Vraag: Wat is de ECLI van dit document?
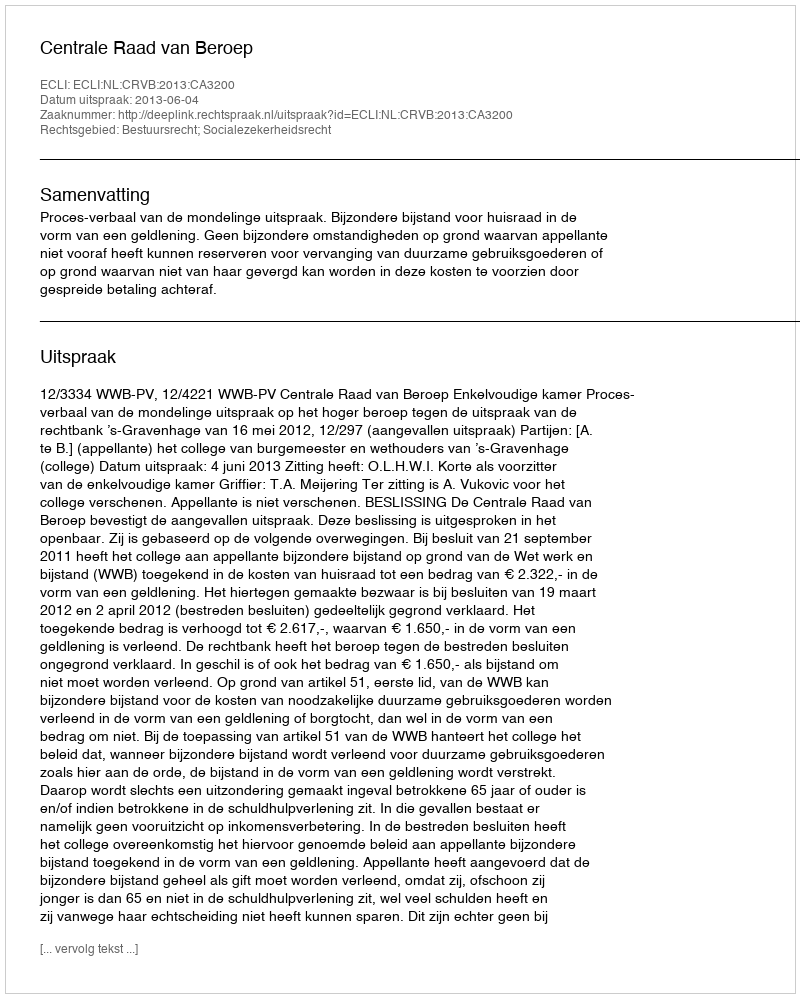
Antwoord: ECLI:NL:CRVB:2013:CA3200